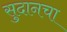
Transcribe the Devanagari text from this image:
सुदानचा